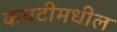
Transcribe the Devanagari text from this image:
कवटीमधील